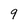
Character: 9